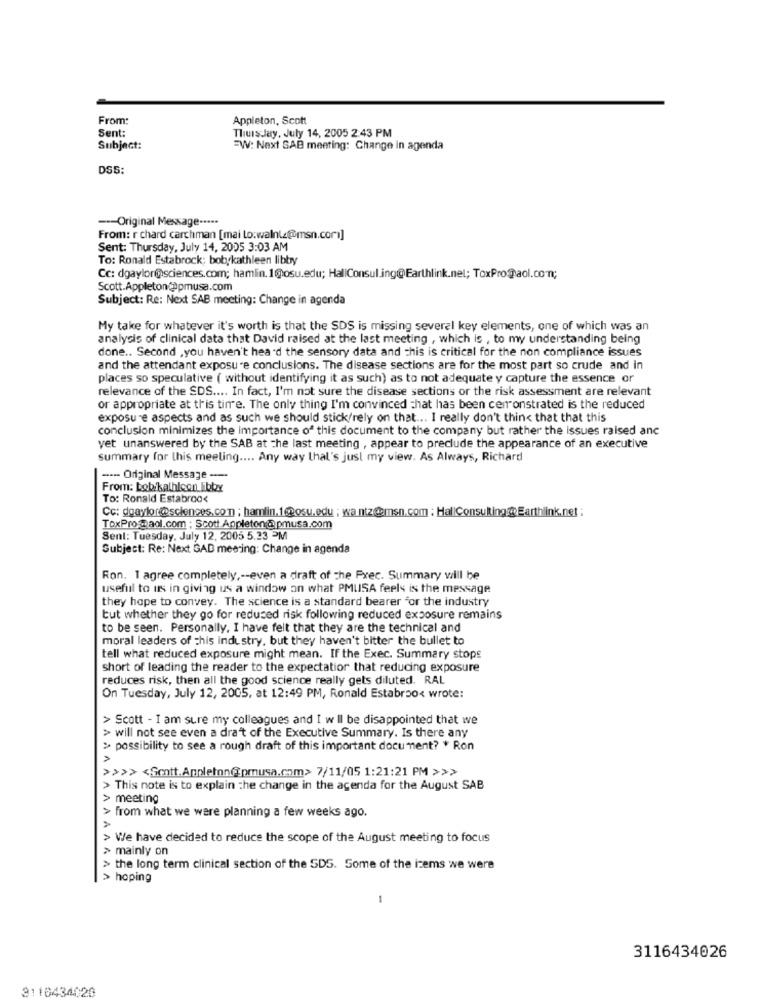
From:
Appleton, Scott
Sent:
Thursday, July 14, 2005 2:43 PM
Subject:
=W: Next SAB meeting: Change in agenda
DS5:
--- Original Message -****
From: r chard carchman [mai Lo:walnia@@msn.com]
Sent: Thursday, July 14, 2005 3:03 AM
To: Ronald Estabrock; bobykathleen libby
Cc: dgaylor@sciences.com; hamlin. 1@osu.edu; HallConsul.ing@Earthlink.nel; ToxPro@aol.comn;
Scott.Appleton@@pmusa.com
Subject: Re: Next SAB meeting: Change in agenda
My take for whatever it's worth is that the SDS is missing several key elements, one of which was an
analysis of clinical data that David raised at the last meeting , which is , to my understanding being
done .. Second , you haven't heard the sensory data and this is critical for the non compliance issues
and the attendant exposure conclusions. The disease sections are for the most part so crude and in
places so speculative ( without identifying it as such) as to not adequate y capture the essence or
relevance of the SDS .... In fact, I'm not sure the disease sections or the risk assessment are relevant
or appropriate at this time. The only thing I'm convinced that has been cen onstrated is the reduced
exposure aspects and as such we should stick/rely on that ... I really don't think that that this
conclusion minimizes the importance of this document to the company but rather the issues raised anc
yet unanswered by the SAB at the last meeting , appear to preclude the appearance of an executive
summary for this meeting .... Any way (hal's just my view. As Always, Richard
--- Original Message -
From: bobikalhicon Fibby
To: Ronald Estabroo<
Cc: dgaylor@sciences.com ; hamlin.1@posu.edu ; wantz@msn.com : Hal |Consulting@Earthlink.net :
ToxPro@aol.com : Scott Appleton@ pmusa.com
Sent: Tuesday, July 12, 2005 5.23 PM
Subject: Re: Next GAD meeting: Change in agenda
Ron. 1 agree completely ,-- even a draft of the Prec. Summary will be
useful to us in giving us a window on what PMLISA feels is the message
they hope to convey. The science is a standard bearer for the industry
tut whether they go for reduced risk following reduced exposure remains
to be seen. Personally, I have felt that they are the technical and
moral leaders of this industry, but they haven't bitter the bullet to
tell what reduced exposure might mean. If the Exec. Summary stops
short of leading the reader to the expectation that reducing exposure
reduces risk, then all the good science really gets diluted. RAL
On Tuesday, July 12, 2005, at 12:49 PM, Ronald Estabroo< wrote:
> Scott - I am sure my colleagues and I w ll be disappointed that we
> will not see even a draft of the Executive Summary. Is there any
> possibility to see a rough draft of this important document? * Ron
>>>> <Scott.Appleton(pmusa.com> 7/11/05 1:21:21 PM >>>
> This note is to explain the change in the agenda for the August SAB
-
> meeting
> from what we were planning a few weeks ago.
> We have decided to reduce the scope of the August meeting to focus
> mainly on
> the long term clinical section of the SDS. Some of the izems we were
> hoping
1
3116434026
3116434020